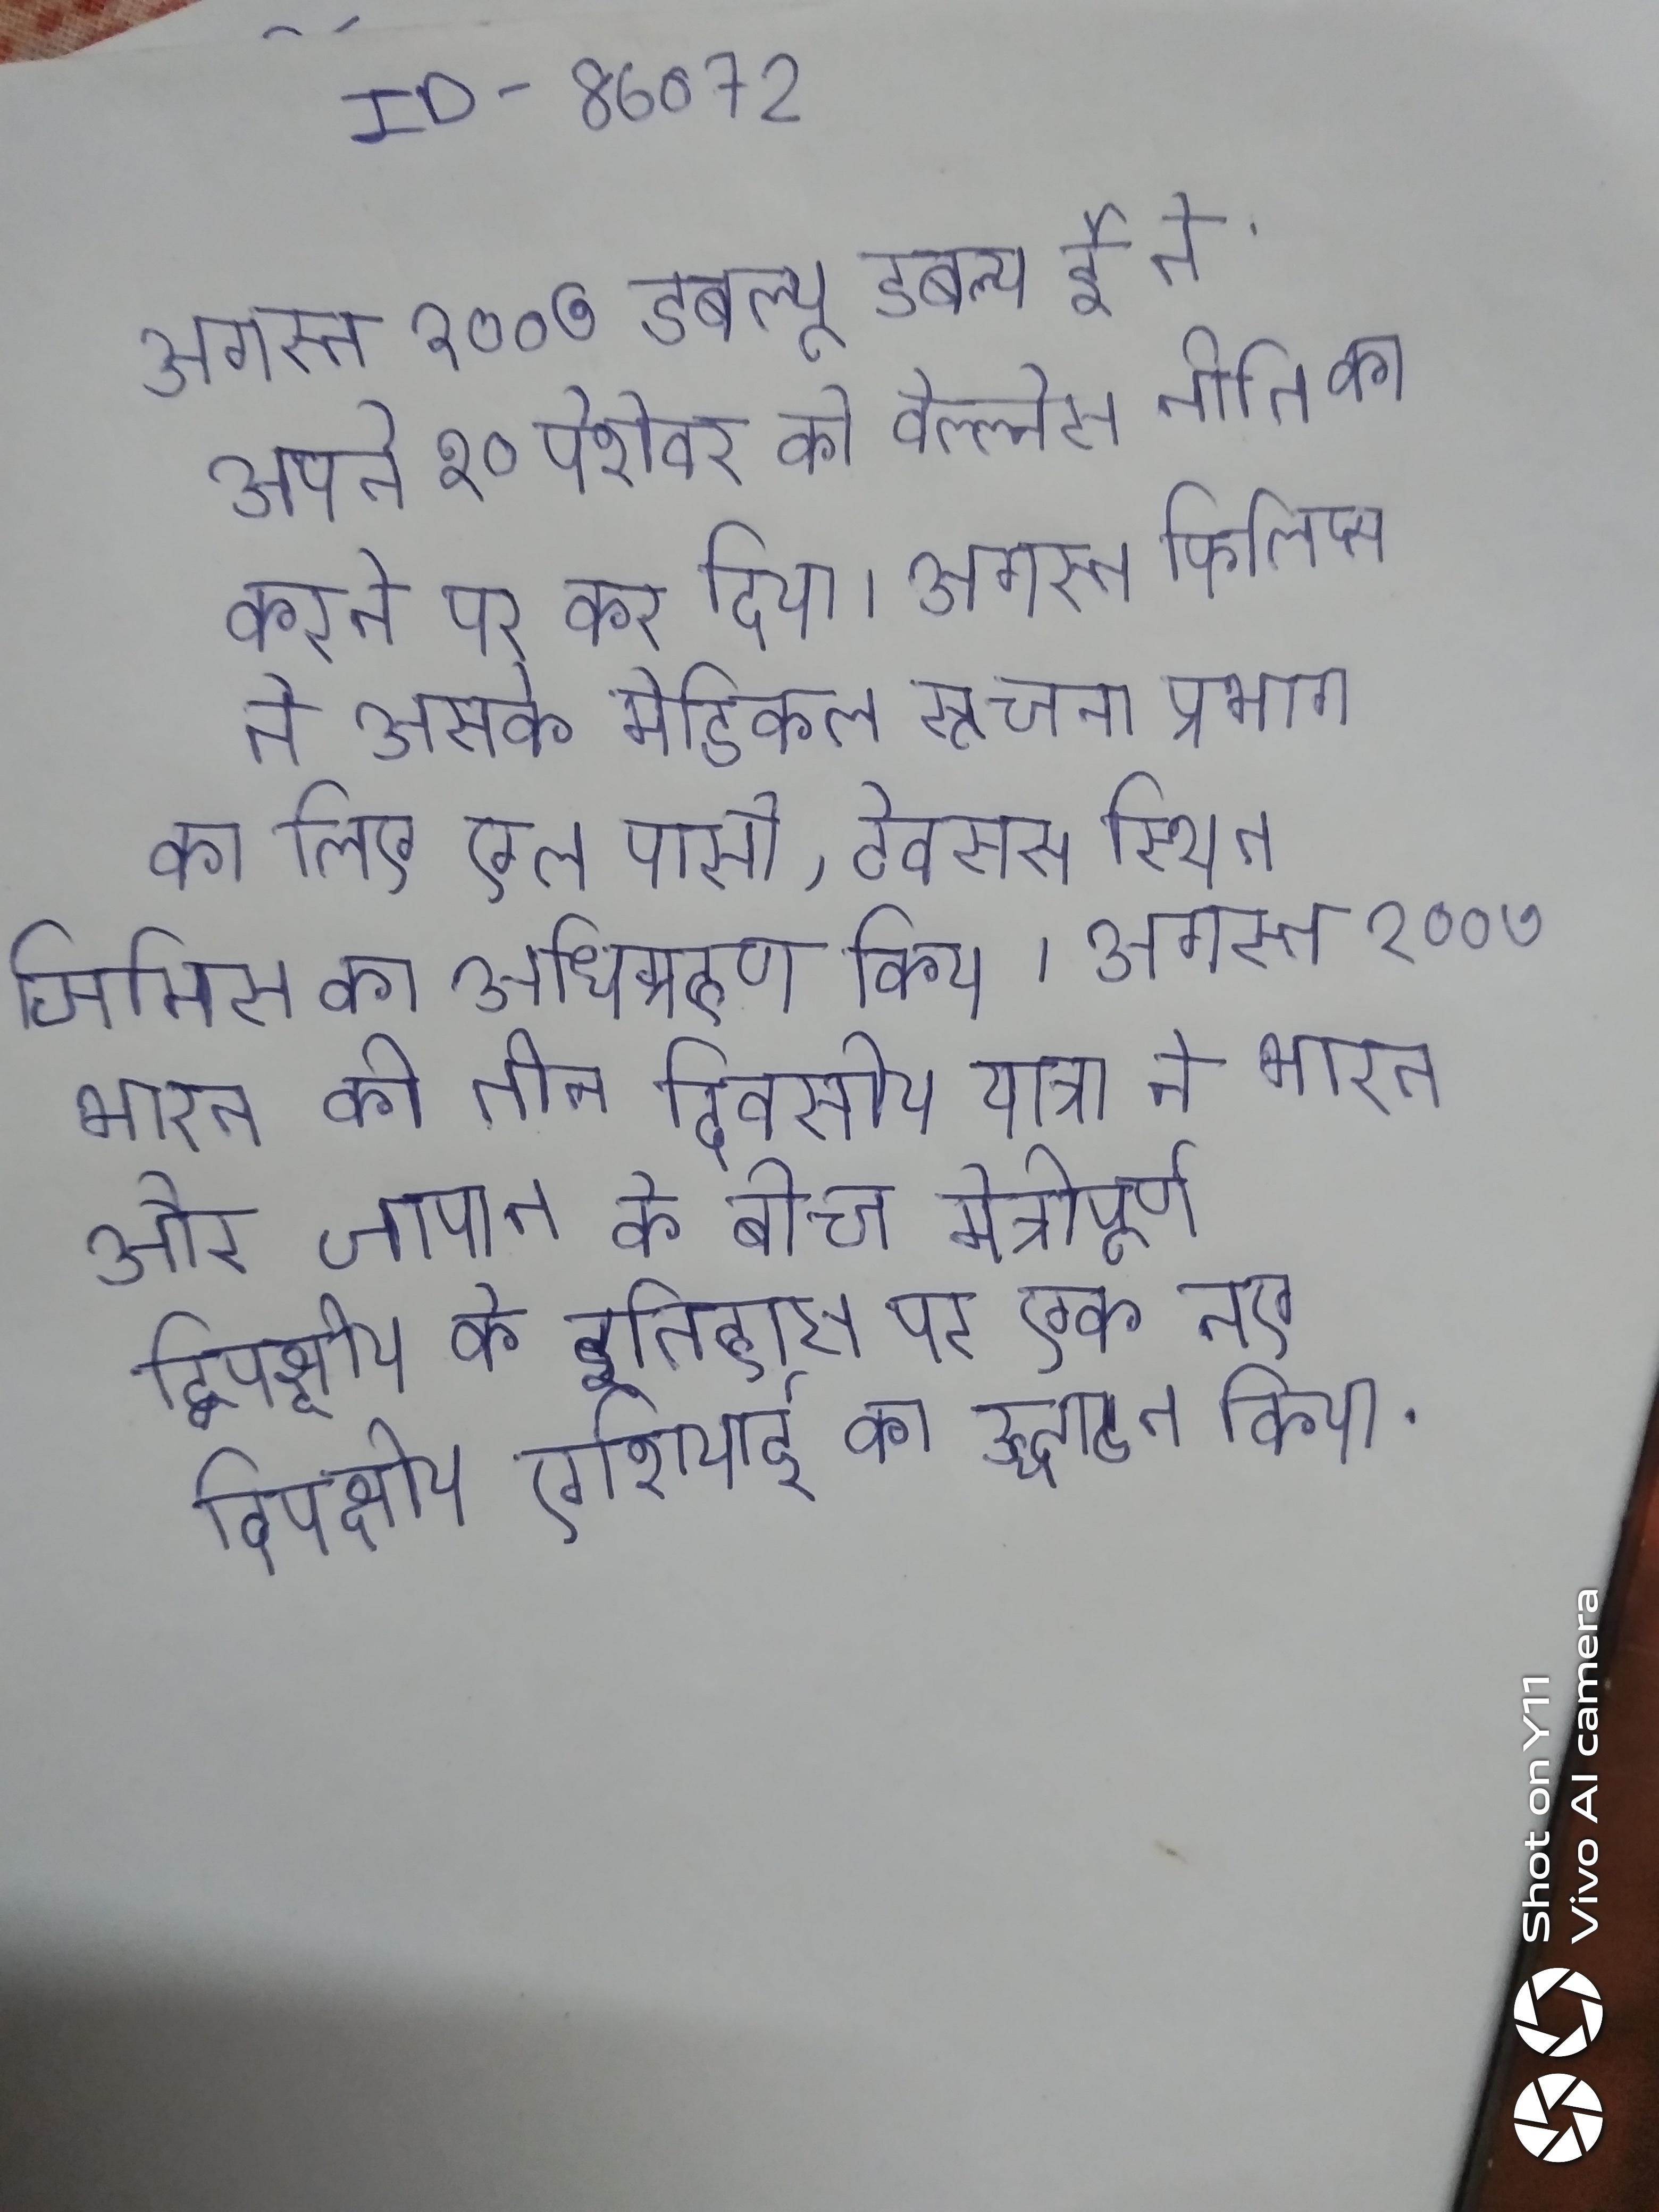
अगस्त २००७ डबल्यू डबल्यू ई ने अपने १० पेशेवर को वेल्ल्नेस नीति का करने पर कर दिया । अगस्त फिलिप्स ने उसके मेडिकल सूचना प्रभाग के लिए एल पासो, टेक्सास स्थित जिमिस का अधिग्रहण किया । अगस्त २००७ भारत की तीन दिवसीय यात्रा ने भारत और जापान के बीच मैत्रीपूर्ण द्विपक्षीय के इतिहास पर एक नए द्विपक्षीय एशियाई का उद्घाटन किया ।